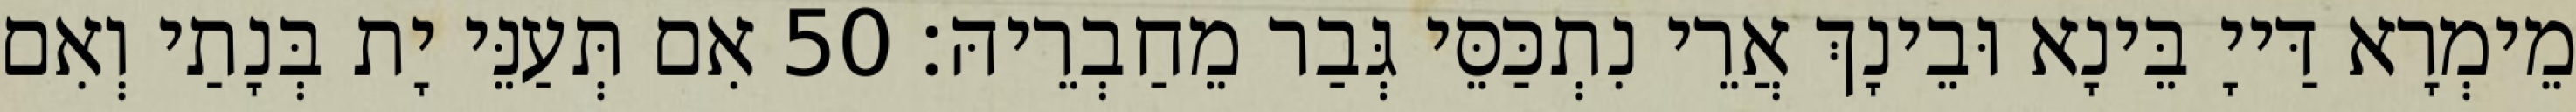
מֵימְרָא דַּייָ בֵּינָא וּבֵינָךְ אֲרֵי נִתְכַּסֵּי גְּבַר מֵחַבְרֵיהּ׃ 50 אִם תְּעַנֵּי יָת בְּנָתַי וְאִם